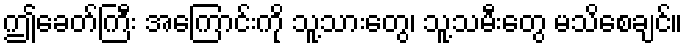
ဤခေတ်ကြီး အကြောင်းကို သူ့သားတွေ၊ သူ့သမီးတွေ မသိစေချင်။